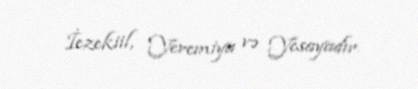
İezekiil, Yeremiya və Yesayadır.